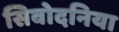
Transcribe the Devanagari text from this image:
सिवोदनिया